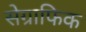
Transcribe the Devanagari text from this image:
सेग्राफिक